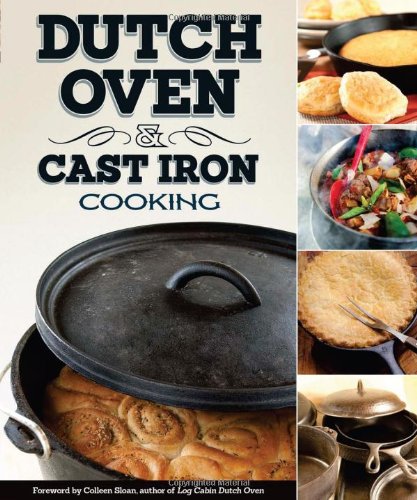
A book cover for Dutch Oven & Cast Iron Cooking; Peg Couch; Cookbooks, Food & Wine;